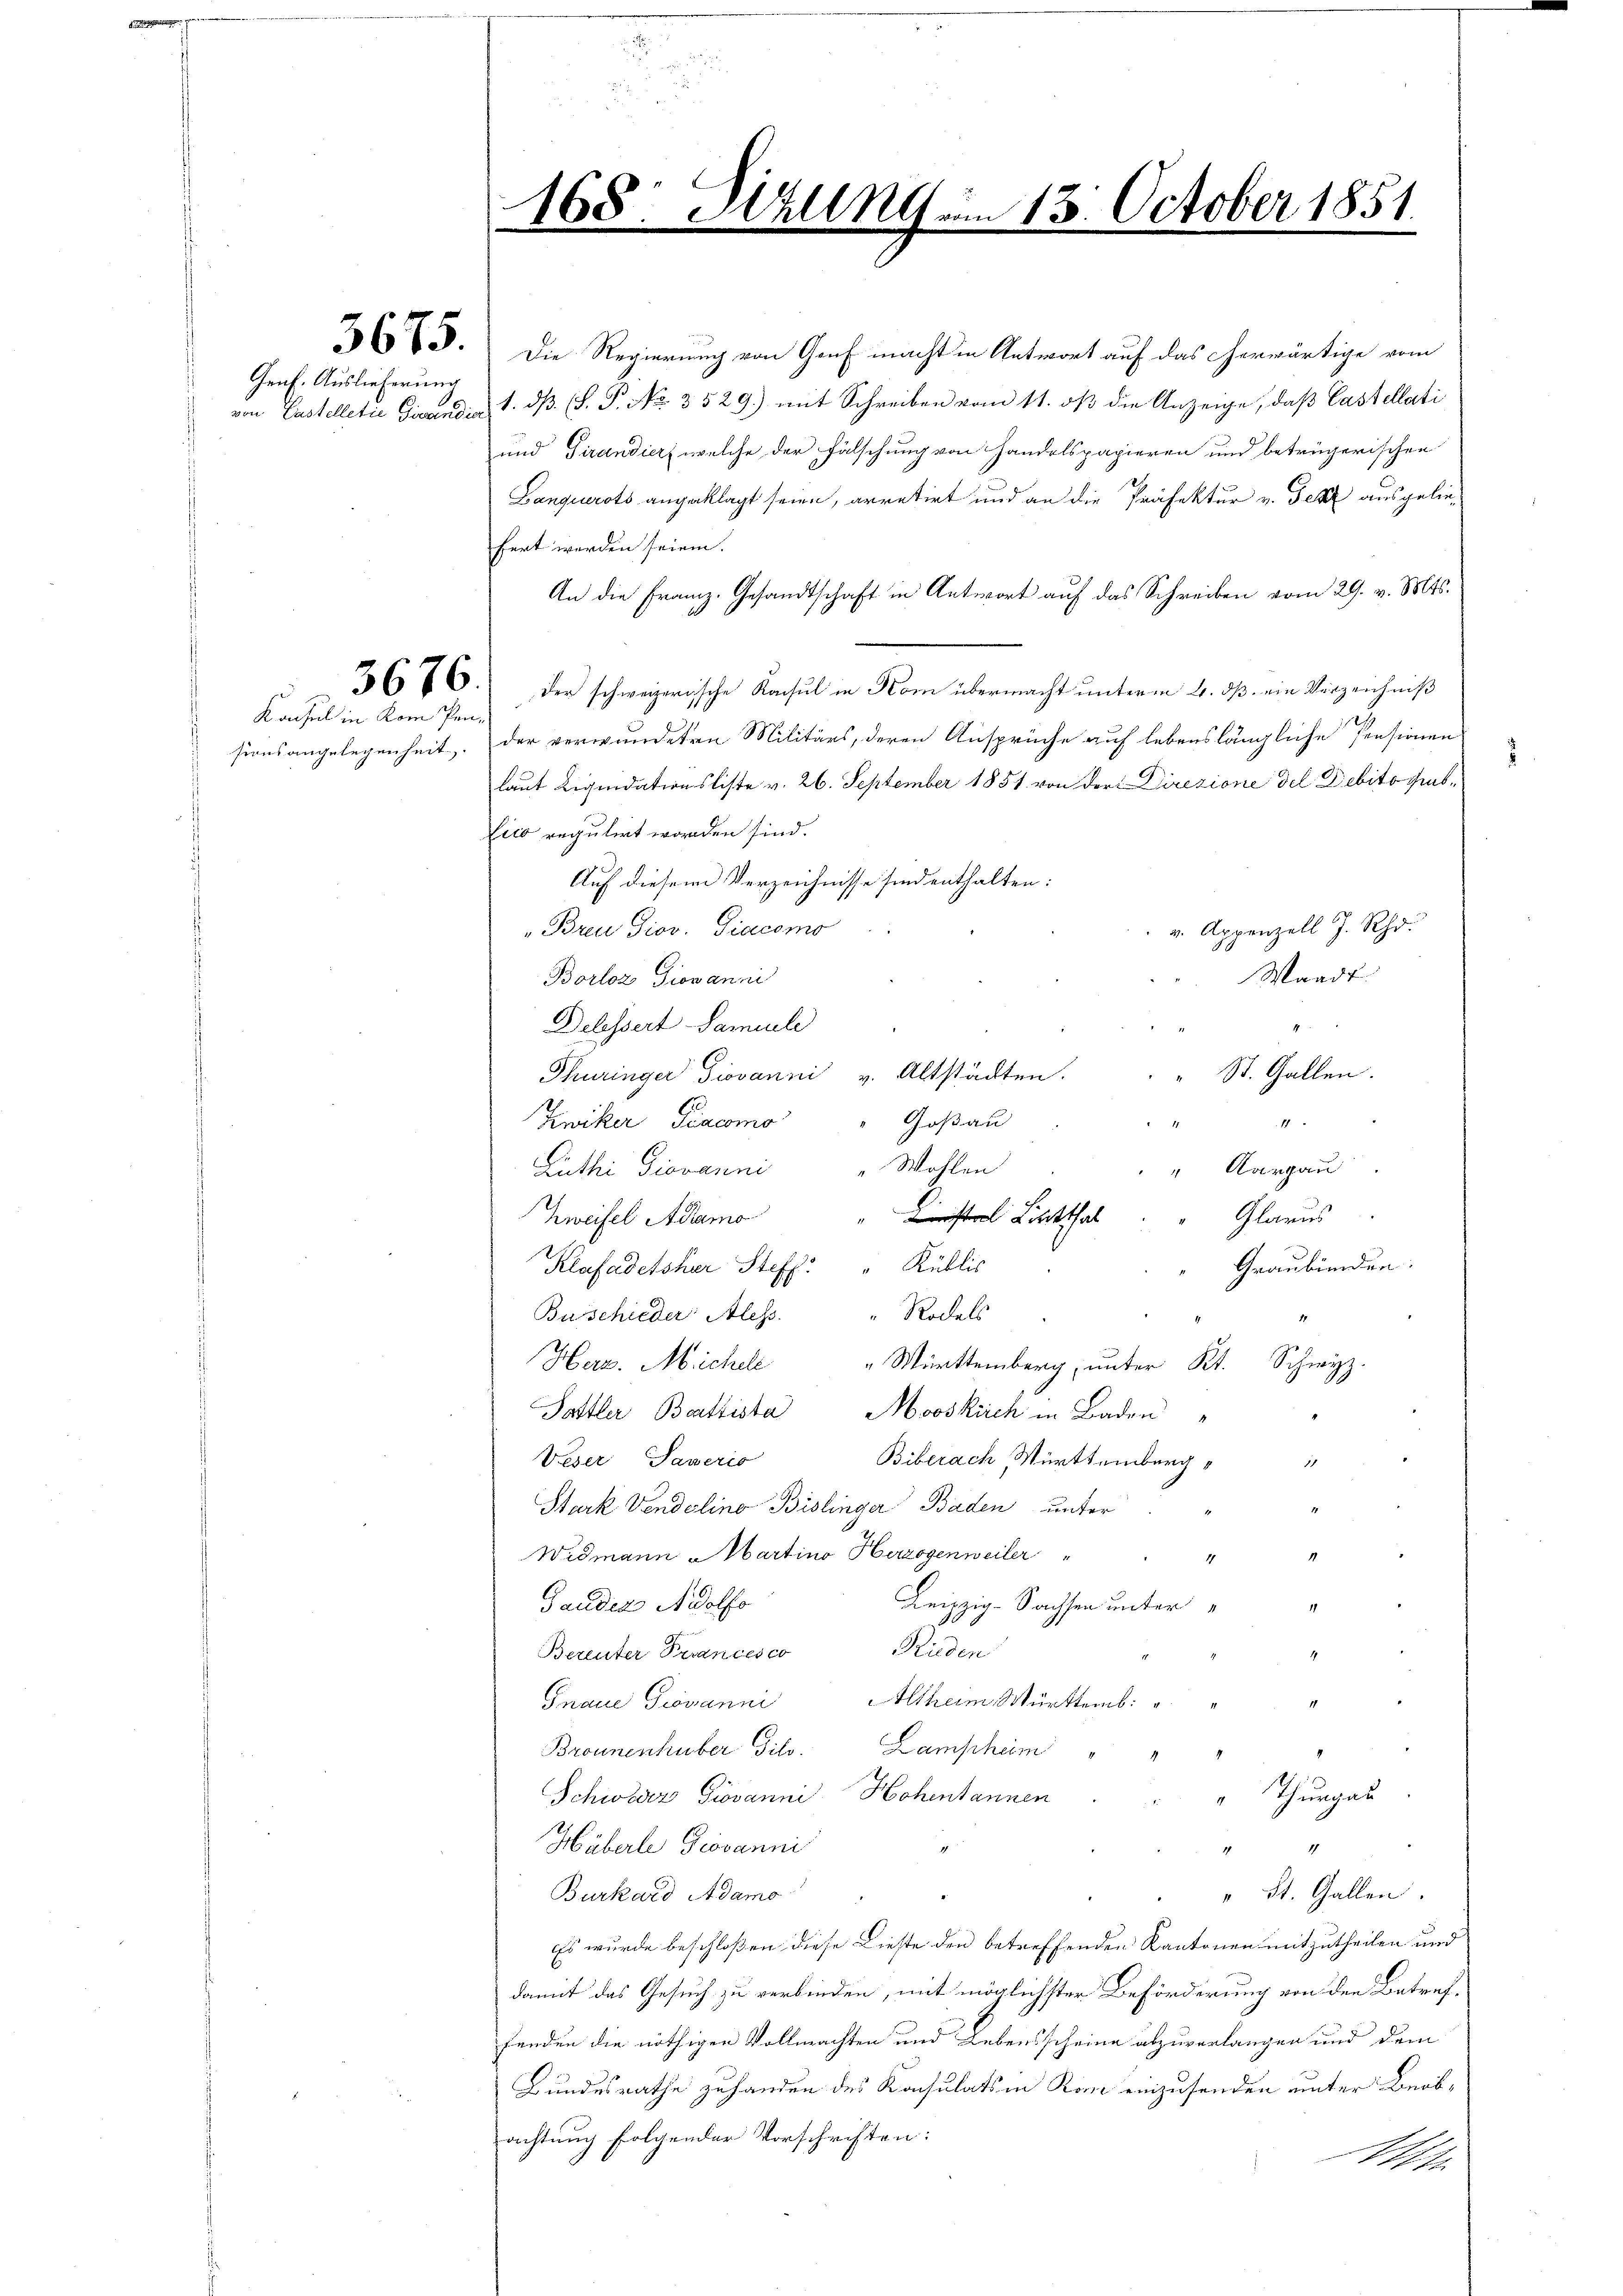
Genf. Auslieferung

Kachel in kom Pen¬

2673. Die Regierung von Genf macht in Antwort auf das herwärtige vom
von Castelletić Girenden 1. dß. (S. P. No. 3529.) mit Schreiben vom 11. dß die Anzeige, daß Castellati
und Tirandier, welche der Fälschung von Handelspapieren und betrügerischen
Bangiurots angeklagt seien, arretirt und an die Präfektur v. Texte ausgeliefert werden seien.
An die Franz. Gesandtschaft in Antwort auf das Schreiben vom 29. v. Mts.
3676. Der schweizerische Konsul in Kom übermacht unterm 4. dß ein Verzeichniß
sionsangelegenheit. Der verwundeten Militärs, deren Ansprüche auf lebenslängliche Pensionen
laut Liquidationsliste v. 26. September 1851 von der Direzione del Debito grabfico regulirt worden sind.
Auf diesem Verzeichnisse sind enthalten:
v. Appenzell J. Rh.
Breu Giov. Giacomo
Waadt.
Borloz Giovanni
Delessert Famili
Thuringer Giovanni v. Altstädten. " " St. Gallen.
Goßau
Zwiker Piacomo
11
Ruthi Giovanni " Wohlen
" Aargau
Kinistral Licitthal
Glarus
Zweifel Adamo
Graubünden.
Klafadetsher Steff. Küblis
Rodels
Buschieder Aless.
11
" Württemberg, unter Kt. Schwyz.
Herz. Michele
Sattler Battista Mooskirch in Baden
Biberach Württemberg
Veser Taveris
Stark Vendelino Bislinger Baden unter
Widmann Martino Herzogenweiler
1
4
Leipzig-Sachsen unter
Gauders Adolfs
Rieden
Bereuter Verances co
Gnaue Giovanni " Altheim Württemb:
.
Bronnenhüber Gilo. Lampheim
" Thurgau
Schweder Giovanni Hohentannen.
4
Häberle Piovanni
1
Burkard Adamo
" St. Gallen.
Es wurde beschloßen diese Lieste den betreffenden Kantonen mitzutheilen und
damit das Gesuch zu verbinden, mit möglichster Beförderung von den Betreffenden die nöthigen Vollmachten und Lebensscheine abzuverlangen und dem
Bundesrathe zu handen des Konsulats in Kan einzusenden unter Beabachtung folgender Vorschriften:
Mi

168: Hillng im 13. October 1851.

2